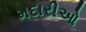
મદારીઓ